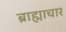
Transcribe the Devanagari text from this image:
ब्राह्माचार